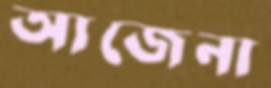
আজেনা